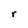
Character: r